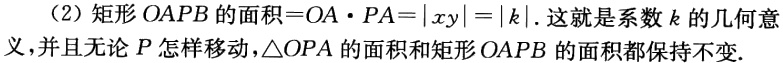
（2）矩形\(OAPB\)的面积\(=OA\cdot PA = |xy| = |k|\). 这就是系数\(k\)的几何意义，并且无论\(P\)怎样移动，\(\triangle OPA\)的面积和矩形\(OAPB\)的面积都保持不变.